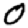
Digit: 0